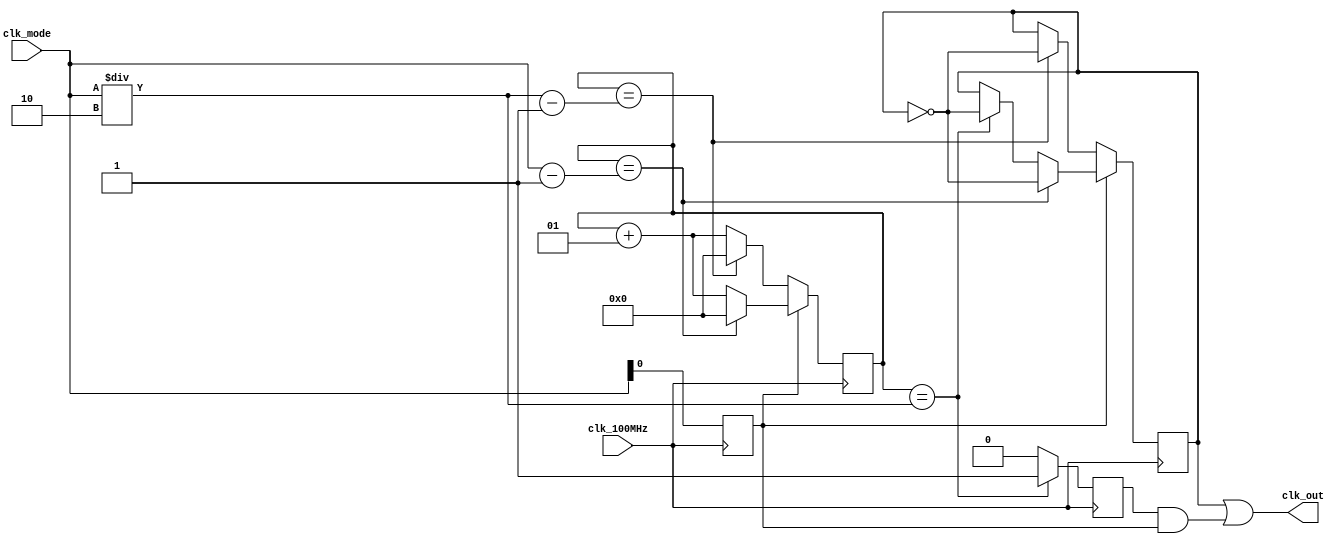
`timescale 1ns / 1ps
//////////////////////////////////////////////////////////////////////////////////
// Company: 
// Engineer: 
// 
// Design Name: 
// Module Name: Clk_Division
// Project Name: 
// Target Devices: 
// Tool Versions: 
// Description: 
// 
// Dependencies: 
// 
// Revision:
// Revision 0.01 - File Created
// Additional Comments:
// 
//////////////////////////////////////////////////////////////////////////////////

module Clk_Division(
   input clk_100MHz,
   input [30:0] clk_mode,
   output clk_out
   );
   
   reg Clk=0;
   reg flag=0;
   reg Is_Odd=0;
   integer Count=0;
   
   always @(negedge clk_100MHz)
        begin
            Is_Odd=clk_mode[0];
            if(Count==clk_mode/2)
                flag=1;
            else
                flag=0;
        end
        
   always @(posedge clk_100MHz)
      begin
        if(Is_Odd)
            if(Count==clk_mode-1)
                begin
                    Count=0;
                    Clk=~Clk;
                end
            else if(Count==clk_mode/2)
                begin
                    Count=Count+1;
                    Clk=~Clk;
                end
            else
                Count=Count+1;
       else
            if(Count==clk_mode/2-1)
                begin
                     Count=0;
                     Clk=~Clk;
                end
            else
                Count=Count+1;
      end
   
   assign clk_out=Clk|(flag&Is_Odd);
endmodule